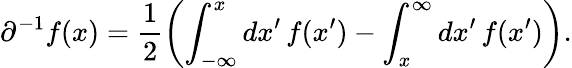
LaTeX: \partial^{-1}f(x)=\frac{1}{2}\left(\int_{-\infty}^{x}dx^{\prime}\, f(x^{\prime})-\int_{x}^{\infty}dx^{\prime}\, f(x^{\prime})\right).